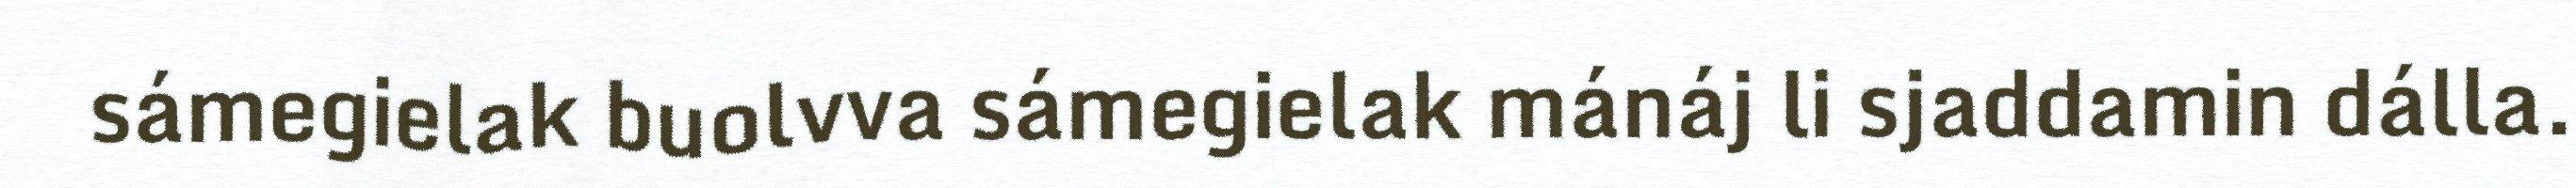
sámegielak buolvva sámegielak mánáj li sjaddamin dálla.